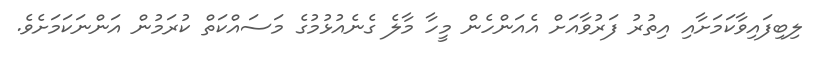
ލިބިފައިވާކަމަށާއި އިތުރު ފަރުވާއަށް އެއަންހެން މީހާ މާލެ ގެނެއުޅުމުގެ މަސައްކަތް ކުރަމުން އަންނަކަމަށެވެ.